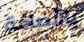
بالأضافة